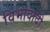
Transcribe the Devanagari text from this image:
विभावादी